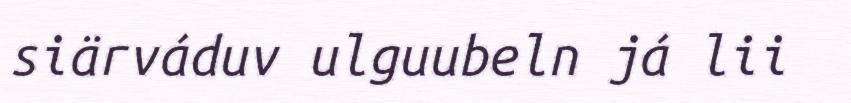
siärváduv ulguubeln já lii